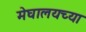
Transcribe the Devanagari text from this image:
मेघालयच्या